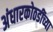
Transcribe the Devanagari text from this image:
अंधारकोठडींच्या